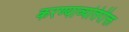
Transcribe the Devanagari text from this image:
करण्याव्यतिरीक्त